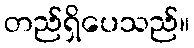
တည်ရှိပေသည်။